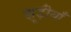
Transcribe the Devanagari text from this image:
झूड़ीयाँ